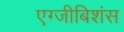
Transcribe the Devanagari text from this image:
एग्जीबिशंस